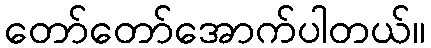
တော်တော်အောက်ပါတယ်။